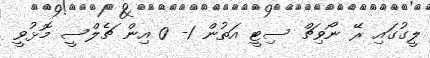
ލީގުގައި ރޭ ނޯވިޗް ސިޓީ އަތުން 1- 0 އިން ޗެލްސީ މޮޅުވީ